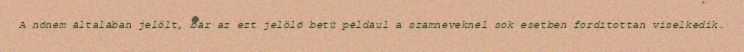
A nőnem általában jelölt, bár az ezt jelölő betű például a számneveknél sok esetben fordítottan viselkedik.